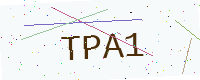
Text: TPA1